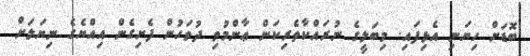
ބޮޑަށް ހިޔަނި އެޅިފައި. މިބަލީގެ ނުރައްކާތެރިކަން ޢާންމުވި ދުވަހުން ފެށިގެން އިއްޔެގެ ނިޔަލަށް